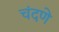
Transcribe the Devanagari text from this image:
चंदणे